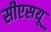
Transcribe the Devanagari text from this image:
सीएसयू